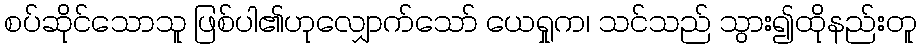
စပ်ဆိုင်သောသူ ဖြစ်ပါ၏ဟုလျှောက်သော် ယေရှုက၊ သင်သည် သွား၍ထိုနည်းတူ